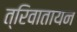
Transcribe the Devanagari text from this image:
त्रिवातायन